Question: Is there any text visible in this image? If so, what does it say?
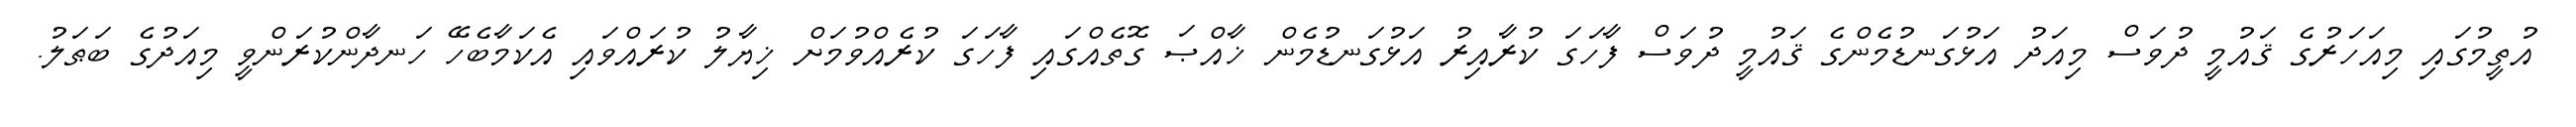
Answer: އުތީމުގައި މިއަހަރުގެ ޤައުމީ ދުވަސް މިއަދު އަޅުގަނޑުމެންގެ ޤައުމީ ދުވަސް ފާހަގަ ކުރާއިރު އަޅުގަނޑުމެން ޚާއްޞަ ގޮތެއްގައި ފާހަގަ ކުރެއްވުމަށް ޚިޔާލު ކުރައްވައި އެކަމާބެހޭ ހަނދާންކުރަންވީ މިއަދުގެ ބަޠަލު.